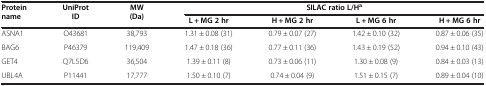
<table><thead><tr><td rowspan="2"><b>Protein name</b></td><td rowspan="2"><b>UniProt ID</b></td><td rowspan="2"><b>MW (Da)</b></td><td colspan="4"><b>SILAC ratio L/H<sup>a</sup></b></td></tr><tr><td><b>L + MG 2 hr</b></td><td><b>H + MG 2 hr</b></td><td><b>L + MG 6 hr</b></td><td><b>H + MG 6 hr</b></td></tr></thead><tbody><tr><td>ASNA1</td><td>O43681</td><td>38,793</td><td>1.31 ± 0.08 (31)</td><td>0.79 ± 0.07 (27)</td><td>1.42 ± 0.10 (32)</td><td>0.87 ± 0.06 (35)</td></tr><tr><td>BAG6</td><td>P46379</td><td>119,409</td><td>1.47 ± 0.18 (36)</td><td>0.77 ± 0.11 (36)</td><td>1.43 ± 0.19 (52)</td><td>0.94 ± 0.10 (43)</td></tr><tr><td>GET4</td><td>Q7L5D6</td><td>36,504</td><td>1.39 ± 0.11 (8)</td><td>0.73 ± 0.06 (11)</td><td>1.30 ± 0.08 (9)</td><td>0.84 ± 0.03 (13)</td></tr><tr><td>UBL4A</td><td>P11441</td><td>17,777</td><td>1.50 ± 0.10 (7)</td><td>0.74 ± 0.04 (9)</td><td>1.51 ± 0.15 (7)</td><td>0.89 ± 0.04 (10)</td></tr></tbody></table>